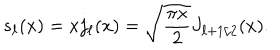
LaTeX: s _ { \ell } ( x ) = x j _ { \ell } ( x ) = \sqrt { { \frac { \pi x } { 2 } } } J _ { { \ell + 1 / 2 } } ( x ) .